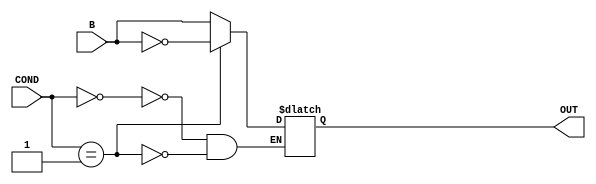
module Multiplexer_B_or_notB(  input wire [7:0] B,
                                input wire [1:0] COND,
                                output wire [7:0] OUT);

    always @ (B)begin
        case(COND)
        2'b0    :   OUT = B;
        2'b1    :   OUT = ~B;
        endcase
    end
endmodule